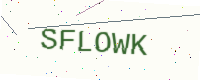
Text: SFLOWK